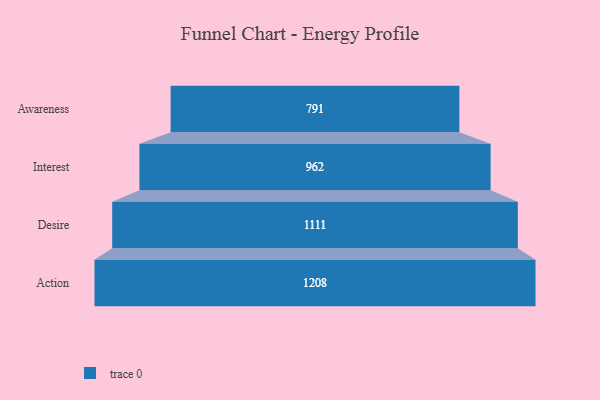
{"axis": {"x": "Stage", "y": "Value"}, "legend": [""], "data": [{"x": "Awareness", "y": 791.0, "type": ""}, {"x": "Interest", "y": 962.0, "type": ""}, {"x": "Desire", "y": 1111.0, "type": ""}, {"x": "Action", "y": 1208.0, "type": ""}]}